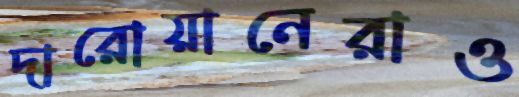
দারোয়ানেরাও